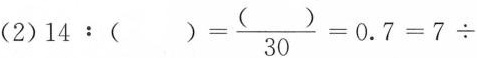
(2)$$14:()=\frac{( )}{30}=0.7=7 \div$$